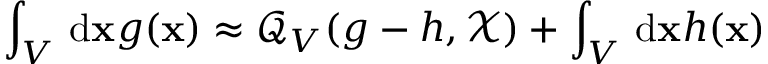
\int _ { V } \, \mathrm { d } \mathbf { x } g ( \mathbf { x } ) \approx \mathcal { Q } _ { V } ( g - h , \mathcal { X } ) + \int _ { V } \, \mathrm { d } \mathbf { x } h ( \mathbf { x } )